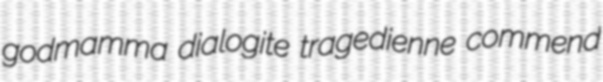
godmamma dialogite tragedienne commend